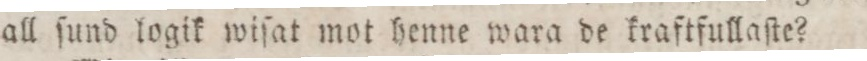
all ſund logik wiſat mot henne wara de kraftfullaſte?